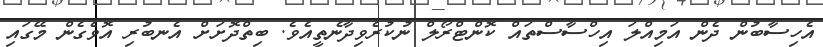
އެހިސާބުން ދެން އަމިއްލަ އިހްސާސްތައް ކޮންޓްރޯލް ނުކުރެވިދާނެތީއެވެ. ބިތްދޮށަށް އެނބުރި އޮވެގެން މޭގައި